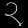
Digit: ၃